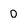
Character: 0